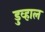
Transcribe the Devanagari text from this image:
डुव्हाल